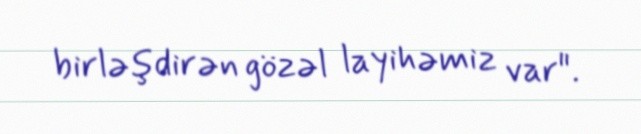
birləşdirən gözəl layihəmiz var".